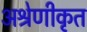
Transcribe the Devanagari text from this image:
अश्रेणीकृत